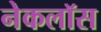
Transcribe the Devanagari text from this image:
नेकलॉस